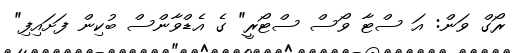
ރޯގް ވަން: އަ ސްޓާ ވޯސް ސްޓޯރީ" ގެ އެޑްވާންސް ބުކިން ފަށައިފި"